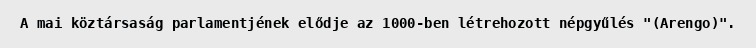
A mai köztársaság parlamentjének elődje az 1000-ben létrehozott népgyűlés "(Arengo)".